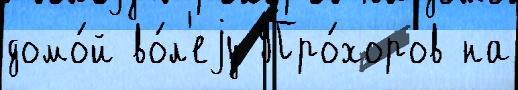
домо́й во́л'еjу Про́хоров на